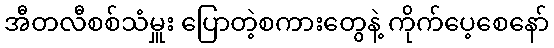
အီတလီစစ်သံမှူး ပြောတဲ့စကားတွေနဲ့ ကိုက်ပေ့စေနော်